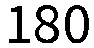
180